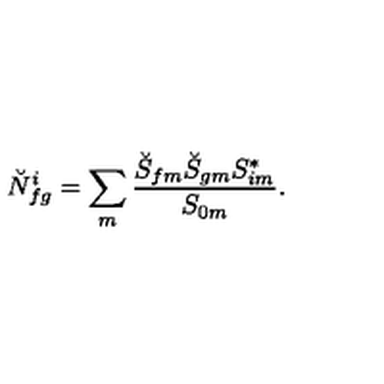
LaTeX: \breve { N } _ { f g } ^ { i } = \sum _ { m } { \frac { \breve { S } _ { f m } \breve { S } _ { g m } { S } _ { i m } ^ { * } } { { S } _ { 0 m } } } .